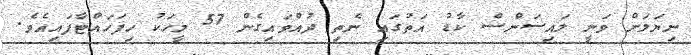
ނިޔަލަށް ވަނީ ލައިސަންސް ކާޑު އަތުގައި ނެތި ދުއްވައިގެން 57 މީހަކު ހިފަހައްޓާފައިއެވެ.